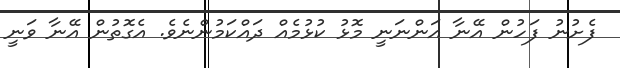
ފެށުނު ފަހުން އޭނާ އަންނަނީ މޮޅު ކުޅުމެއް ދައްކަމުންނެވެ. އެގޮތުން އޭނާ ވަނީ